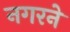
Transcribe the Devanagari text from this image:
नगरने